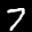
Label: 7